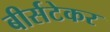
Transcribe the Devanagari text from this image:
बीर्सटेकर